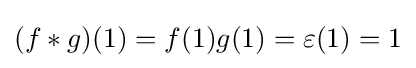
(f*g)(1)=f(1)g(1)=\varepsilon (1)=1